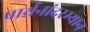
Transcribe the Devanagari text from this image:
प्रार्थनांदरम्यान